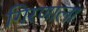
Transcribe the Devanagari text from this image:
गिरणाला